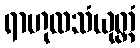
ရာဟုလသံယုတ္တံ